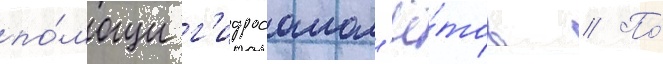
по́мощи г'идросамол'ё́тов // По́